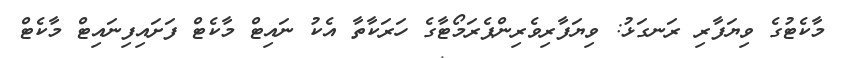
މާކެޓުގެ ވިޔަފާރި ރަނގަޅު: ވިޔަފާރިވެރިންޕެރަމޯޓާގެ ހަރަކާތާ އެކު ނައިޓް މާކެޓް ފަށައިފިނައިޓް މާކެޓް